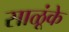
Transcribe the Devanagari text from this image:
साळूंके